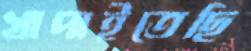
খাপাইতেছি